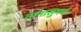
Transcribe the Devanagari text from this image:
तानासुगर्ण